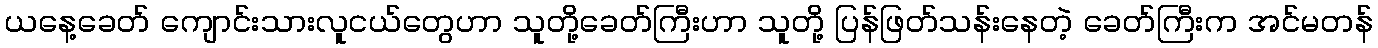
ယနေ့ခေတ် ကျောင်းသားလူငယ်တွေဟာ သူတို့ခေတ်ကြီးဟာ သူတို့ ပြန်ဖြတ်သန်းနေတဲ့ ခေတ်ကြီးက အင်မတန်